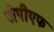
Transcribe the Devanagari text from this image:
जेपीएफ